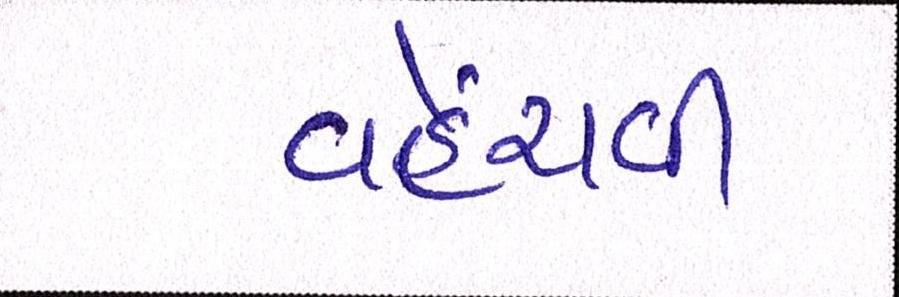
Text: વહેંચવી